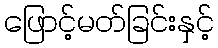
ဖြောင့်မတ်ခြင်းနှင့်